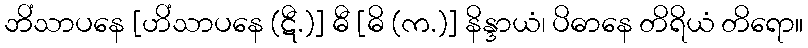
ဘိံသာပနေ [ဟိံသာပနေ (ဋီ.)] ဓီ [ဓိ (က.)] နိန္ဒာယံ၊ ပိဓာနေ တိရိယံ တိရော။